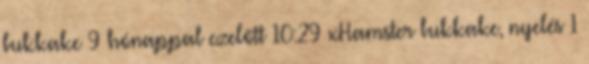
bukkake 9 hónappal ezelőtt 10:29 xHamster bukkake, nyelés 1